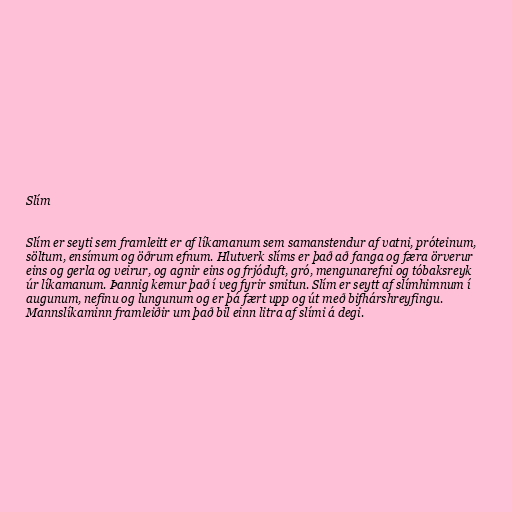
Slím

Slím er seyti sem framleitt er af líkamanum sem samanstendur af vatni, próteinum,
söltum, ensímum og öðrum efnum. Hlutverk slíms er það að fanga og færa örverur
eins og gerla og veirur, og agnir eins og frjóduft, gró, mengunarefni og tóbaksreyk
úr líkamanum. Þannig kemur það í veg fyrir smitun. Slím er seytt af slímhimnum í
augunum, nefinu og lungunum og er þá fært upp og út með bifhárshreyfingu.
Mannslíkaminn framleiðir um það bil einn litra af slími á degi.